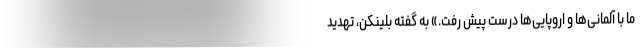
ما با آلمانی‌ها و اروپایی‌ها درست پیش رفت.» به گفته بلینکن، تهدید